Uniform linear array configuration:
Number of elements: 8
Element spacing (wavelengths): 0.5
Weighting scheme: uniform
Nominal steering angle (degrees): -15
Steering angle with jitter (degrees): -15.382
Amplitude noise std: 0.05
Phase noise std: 0.05

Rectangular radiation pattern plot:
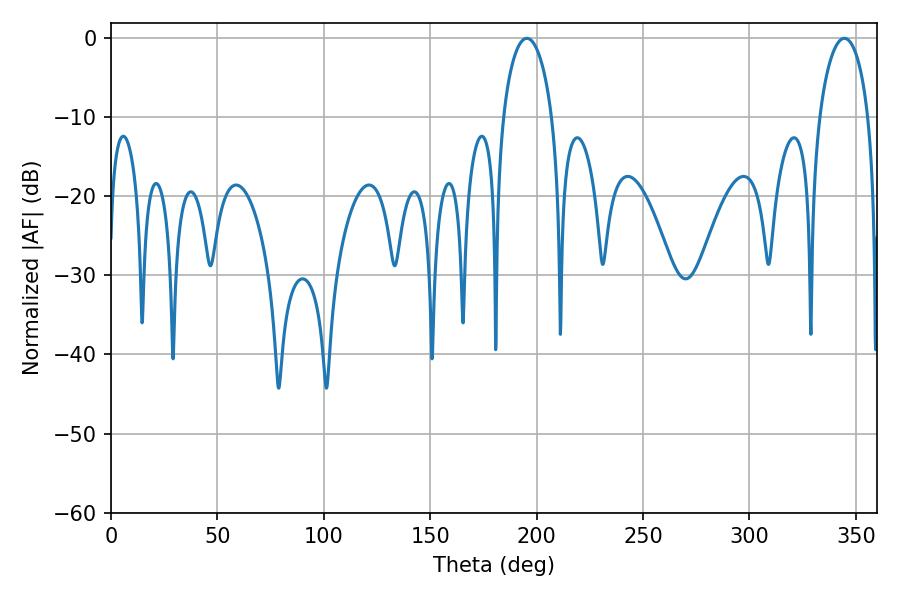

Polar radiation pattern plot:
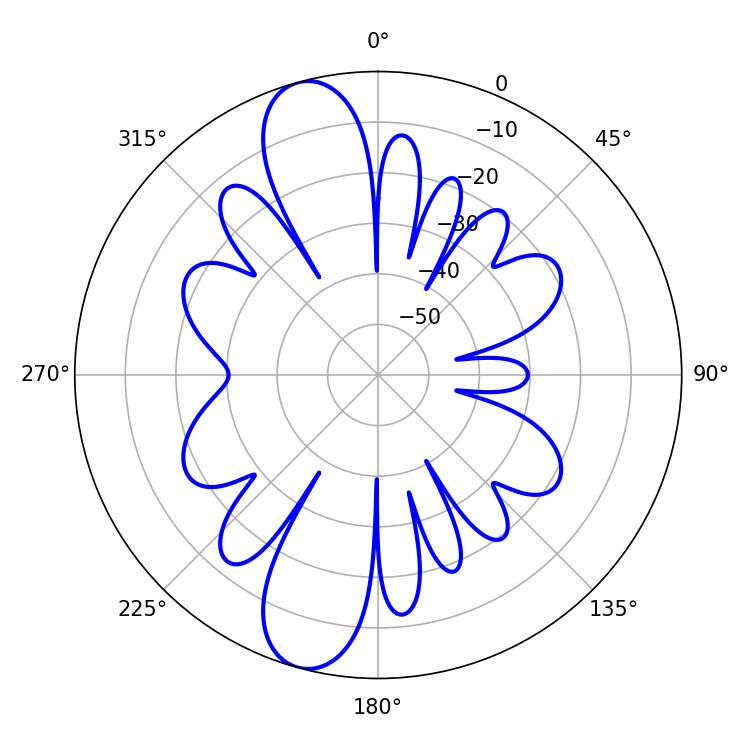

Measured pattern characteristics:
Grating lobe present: FALSE
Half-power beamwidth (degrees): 13.32
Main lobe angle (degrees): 195.48